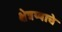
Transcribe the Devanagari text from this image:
क्षेत्रय्याचे